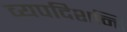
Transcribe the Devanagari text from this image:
व्यपदिशन्ति